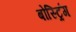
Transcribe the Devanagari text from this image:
बोस्ट्रिंग